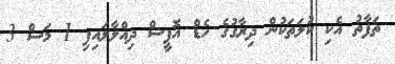
ތަފާތު އެކި ކުލަތަކުން ދިރާގުގެ ހެޑް އޮފީސް ދިއްލާލައިފި 1 މަސް 3